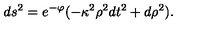
d s ^ { 2 } = e ^ { - \varphi } ( - \kappa ^ { 2 } \rho ^ { 2 } d t ^ { 2 } + d \rho ^ { 2 } ) .